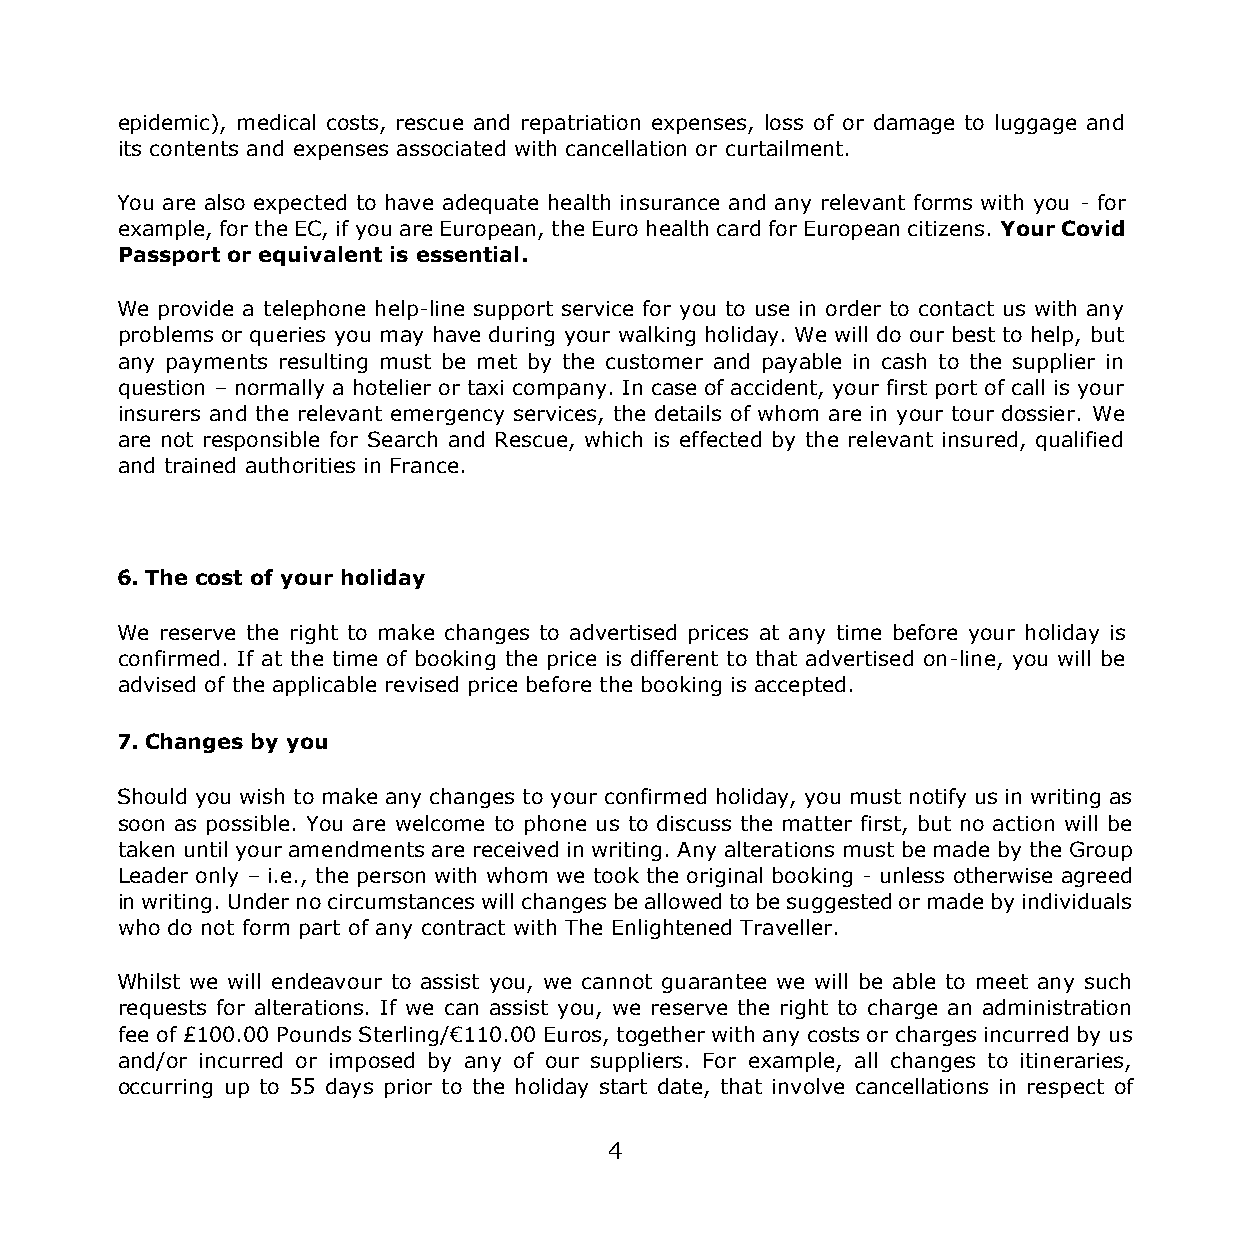
epidemic), medical costs, rescue and repatriation expenses, loss of or damage to luggage and
 its contents and expenses associated with cancellation or curtailment.
 You are also expected to have adequate health insurance and any relevant forms with you - for
 example, for the EC, if you are European, the Euro health card for European citizens. Your Covid
 Passport or equivalent is essential.
 We provide a telephone help-line support service for you to use in order to contact us with any
 problems or queries you may have during your walking holiday. We will do our best to help, but
 any payments resulting must be met by the customer and payable in cash to the supplier in
 question – normally a hotelier or taxi company. In case of accident, your first port of call is your
 insurers and the relevant emergency services, the details of whom are in your tour dossier. We
 are not responsible for Search and Rescue, which is effected by the relevant insured, qualified
 and trained authorities in France.
 6. The cost of your holiday
 We reserve the right to make changes to advertised prices at any time before your holiday is
 confirmed. If at the time of booking the price is different to that advertised on-line, you will be
 advised of the applicable revised price before the booking is accepted.
 7. Changes by you
 Should you wish to make any changes to your confirmed holiday, you must notify us in writing as
 soon as possible. You are welcome to phone us to discuss the matter first, but no action will be
 taken until your amendments are received in writing. Any alterations must be made by the Group
 Leader only – i.e., the person with whom we took the original booking - unless otherwise agreed
 in writing. Under no circumstances will changes be allowed to be suggested or made by individuals
 who do not form part of any contract with The Enlightened Traveller.
 Whilst we will endeavour to assist you, we cannot guarantee we will be able to meet any such
 requests for alterations. If we can assist you, we reserve the right to charge an administration
 fee of £100.00 Pounds Sterling/€110.00 Euros, together with any costs or charges incurred by us
 and/or incurred or imposed by any of our suppliers. For example, all changes to itineraries,
 occurring up to 55 days prior to the holiday start date, that involve cancellations in respect of
 4